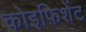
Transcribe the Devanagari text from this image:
कोइफ़िशेंट